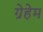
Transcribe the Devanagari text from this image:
ग्रेहेम